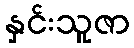
နှင်းသူဇာ